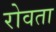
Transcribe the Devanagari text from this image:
रोवता